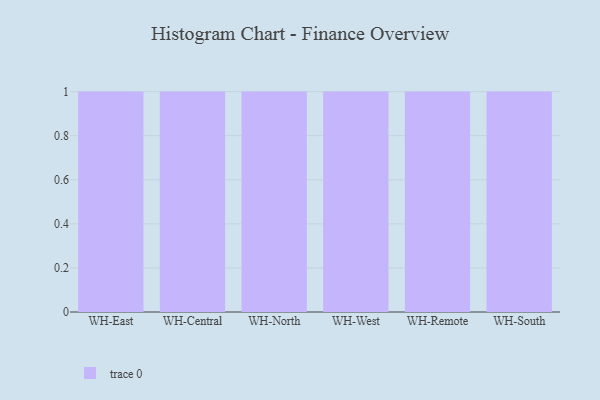
{"axis": {"x": "Warehouse", "y": "Gross Profit (USD K)"}, "legend": [""], "data": [{"x": "WH-East", "y": 15, "type": ""}, {"x": "WH-Central", "y": 41, "type": ""}, {"x": "WH-North", "y": 57, "type": ""}, {"x": "WH-West", "y": 51, "type": ""}, {"x": "WH-Remote", "y": 47, "type": ""}, {"x": "WH-South", "y": 41, "type": ""}]}